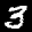
Label: 3